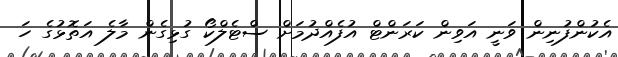
އެކުންފުނިން ވަނީ އަވިން ކަރަންޓް އުފެއްދުމަށް ސްޓެލްކޯ ގުޅިގެން މާލެ އަތޮޅުގެ ހަ